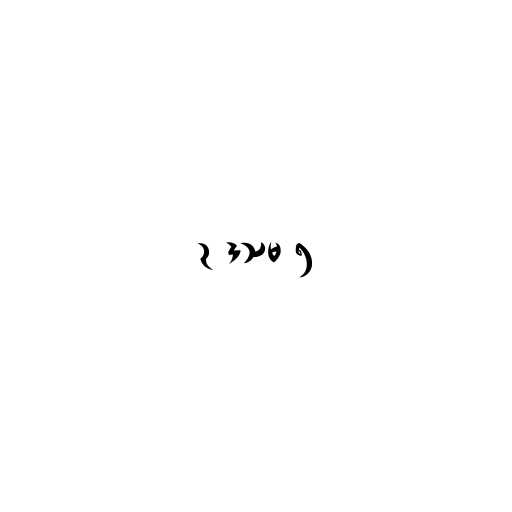
၃ ဒသမ ၅